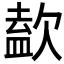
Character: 𣣹